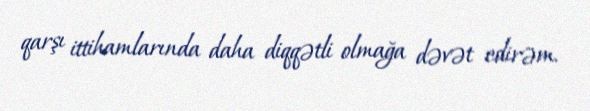
qarşı ittihamlarında daha diqqətli olmağa dəvət edirəm.